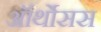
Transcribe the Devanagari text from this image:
ऑर्थोसस